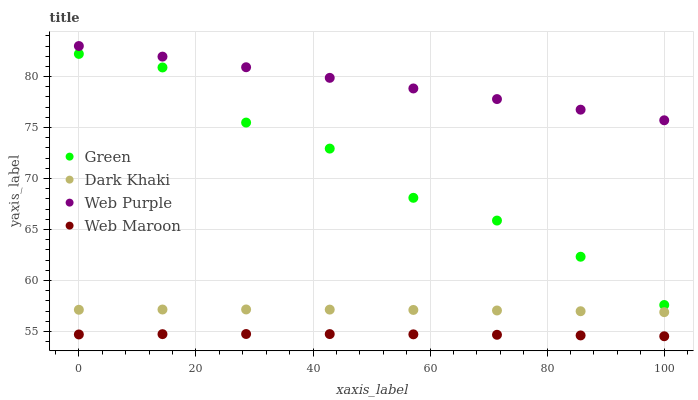
| xaxis_label | Green | Dark Khaki | Web Purple | Web Maroon |
 | --- | --- | --- | --- | --- |
 | 0 | 82.2 | 57.1 | 83 | 54.7 |
 | 14.3 | 80.9 | 57.2 | 82 | 54.7 |
 | 28.6 | 75.5 | 57.2 | 80.9 | 54.8 |
 | 42.9 | 72.9 | 57.1 | 79.9 | 54.7 |
 | 57.1 | 68.1 | 57.1 | 78.8 | 54.7 |
 | 71.4 | 65.9 | 57.1 | 77.8 | 54.7 |
 | 85.7 | 62.3 | 57 | 76.8 | 54.6 |
 | 100 | 57.6 | 56.9 | 75.7 | 54.5 |